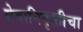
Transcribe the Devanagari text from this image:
सेवानिवृत्‍तीचा